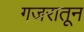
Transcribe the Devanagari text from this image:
गजरातून